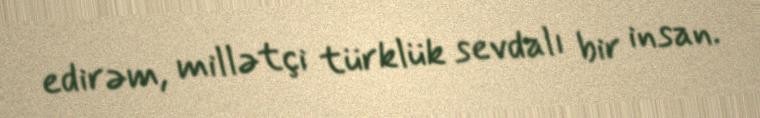
edirəm, millətçi türklük sevdalı bir insan.